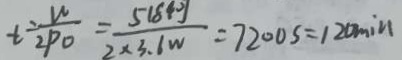
t = \frac { W } { 2 P O } = \frac { 5 1 8 4 0 J } { 2 \times 3 . 6 W } = 7 2 0 0 s = 1 2 0 \min